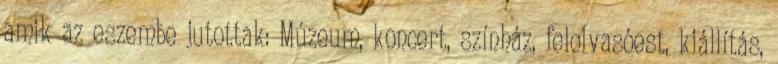
amik az eszembe jutottak: Múzeum, koncert, színház, felolvasóest, kiállítás,